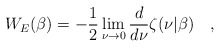
\begin{align*}W_E(\beta)=-\frac 12 \lim_{\nu\rightarrow 0}{d \over d\nu}\zeta(\nu|\beta)~~~,\end{align*}